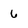
Character: 6